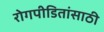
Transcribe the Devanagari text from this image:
रोगपीडितांसाठी